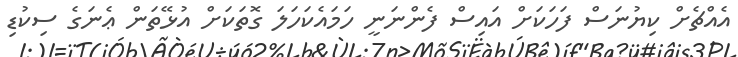
އެއްޗެށް ކިޔުނަސް ފަހަކަށް އައިސް ފެންނަނީ ހަމައެކަހަލަ ގޮތަކަށް އުޅޭތަން ޢެނަގެ ސިކުޑި